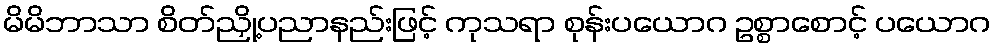
မိမိဘာသာ စိတ်ညှို့ပညာနည်းဖြင့် ကုသရာ စုန်းပယောဂ ဥစ္စာစောင့် ပယောဂ